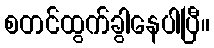
စတင်ထွက်ခွါနေပါပြီ။